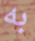
به